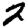
Digit: 2